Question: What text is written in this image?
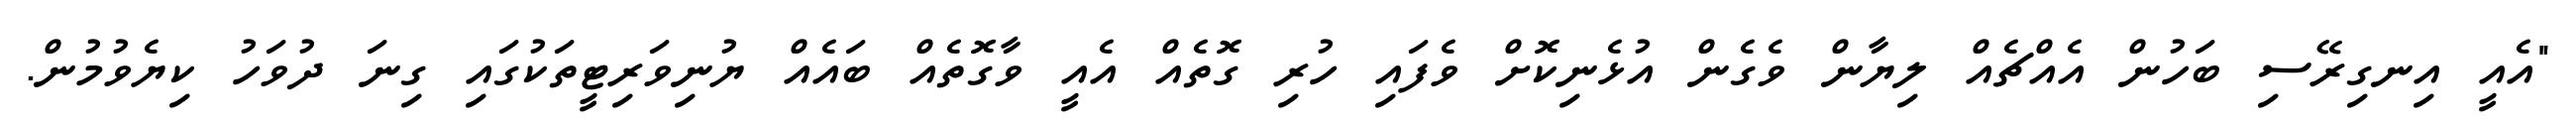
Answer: "އެއީ އިނގިރޭސި ބަހުން އެއްޗެއް ލިޔާން ވެގެން އުޅެނިކޮށް ވެފައި ހުރި ގޮތެއް އެއީ ވާގޮތެއް ބައެއް ޔުނިވަރިޓީތަކުގައި ގިނަ ދުވަހު ކިޔެވުމުން.